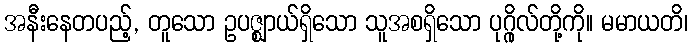
အနီးနေတပည့်, တူသော ဥပဇ္ဈာယ်ရှိသော သူအစရှိသော ပုဂ္ဂိုလ်တို့ကို။ မမာယတိ၊